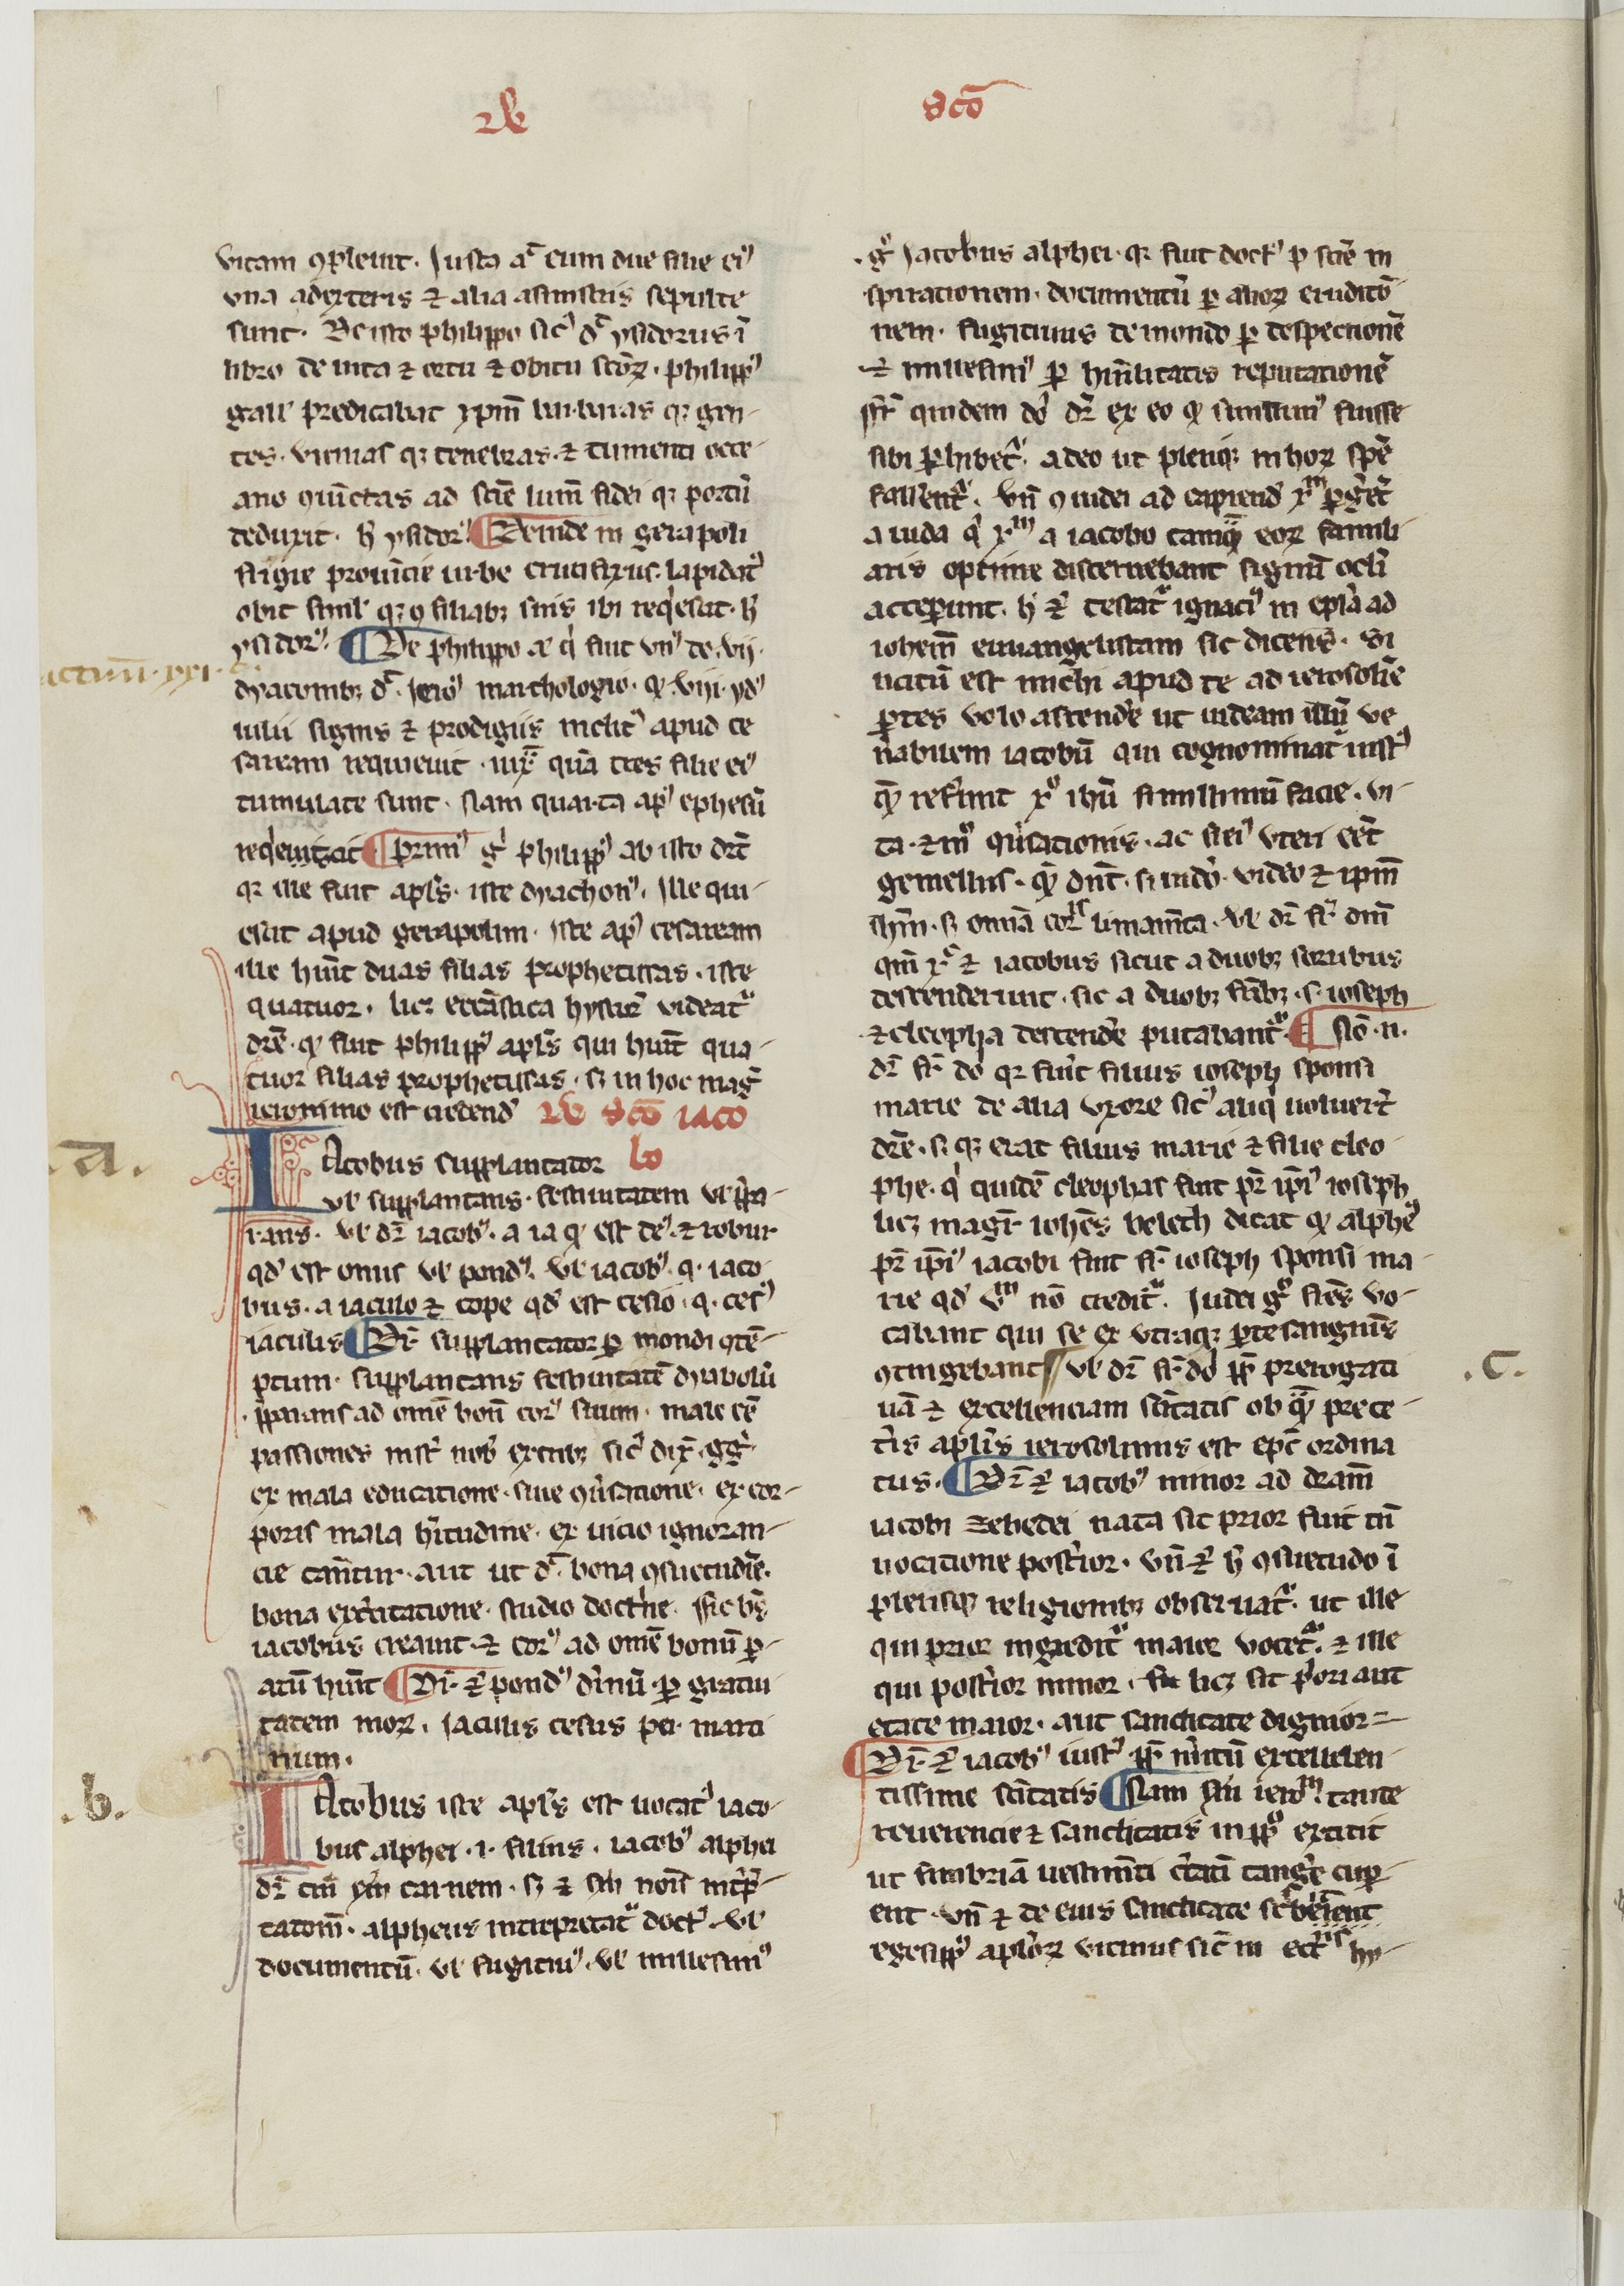
Shelfmark: Paris, BnF, NAL 775
Century: 14